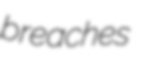
breaches